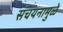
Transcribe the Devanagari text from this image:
संचयनामुळे